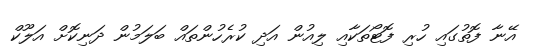
އޭނާ ފޮތުގައި ހުރި ފޮޓޯތަކާއި ލިއުން އަދި ކުރެހުންތައް ބަލަމުން ދަނިކޮށް އަލޫކް